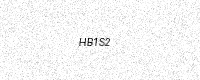
Text: HB1S2